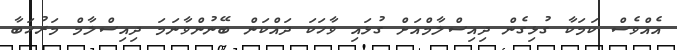
އެއްވެސް ކަމަކާ ގުޅިގެން ދިއިސްލާމްއަށް ގުޅައި ވާހަކަ ދައްކަން ބޭނުންވާނަމަ ދިއިސްލާމް މަރުހަބާ